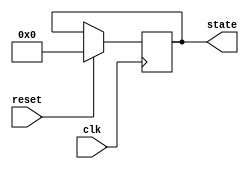
module synchronous_reset (
    input wire clk,              // Clock input
    input wire reset,            // Reset input (active high)
    output reg [7:0] state       // Example state register (8-bit)
);

// Synchronous reset behavior
always @(posedge clk) begin
    if (reset) begin
        state <= 8'b0;          // Initialize state to zero on reset
    end else begin
        // Normal operation logic can go here
        // Example: state <= state + 1; // Increment state for demonstration
    end
end

endmodule